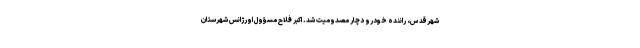
شهرقدس، راننده خودرو دچار مصدومیت شد. اکبر فلاح مسؤول اورژانس شهرستان